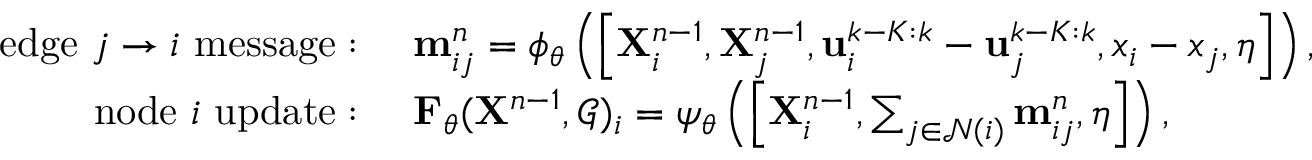
\begin{array} { r l r } { \mathrm { ~ e d g e ~ } j \rightarrow i \mathrm { ~ m e s s a g e : ~ } } & { \mathbf { m } _ { i j } ^ { n } = \phi _ { \theta } \left( \left[ { \bf X } _ { i } ^ { n - 1 } , { \bf X } _ { j } ^ { n - 1 } , \mathbf { u } _ { i } ^ { k - K : k } - \mathbf { u } _ { j } ^ { k - K : k } , x _ { i } - x _ { j } , \eta \right] \right) , } \\ { \mathrm { ~ n o d e ~ } i \mathrm { ~ u p d a t e : ~ } } & { \mathbf { F } _ { \theta } ( \mathbf { X } ^ { n - 1 } , \mathcal { G } ) _ { i } = \psi _ { \theta } \left( \left[ { \bf X } _ { i } ^ { n - 1 } , \sum _ { j \in \mathcal { N } ( i ) } \mathbf { m } _ { i j } ^ { n } , \eta \right] \right) , } \end{array}